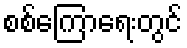
စစ်ကြောရေးတွင်